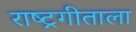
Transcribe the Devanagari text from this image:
राष्ट्रगीताला